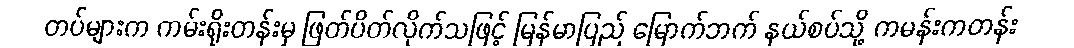
တပ်များက ကမ်းရိုးတန်းမှ ဖြတ်ပိတ်လိုက်သဖြင့် မြန်မာပြည် မြောက်ဘက် နယ်စပ်သို့ ကမန်းကတန်း